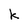
Character: k